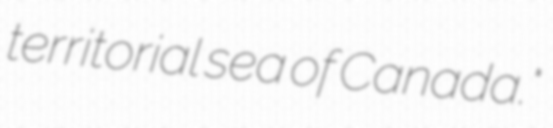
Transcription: territorial sea of Canada."